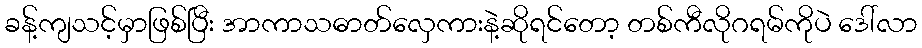
ခန့်ကျသင့်မှာဖြစ်ပြီး အာကာသဓာတ်လှေကားနဲ့ဆိုရင်တော့ တစ်ကီလိုဂရမ်ကိုပဲ ဒေါ်လာ